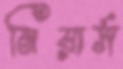
নিয়ার্স